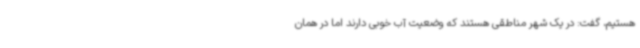
هستیم، گفت: در یک شهر مناطقی هستند که وضعیت آب خوبی دارند اما در همان